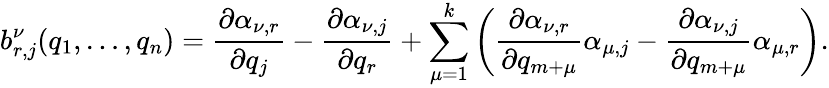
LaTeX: b_{r,j}^{\nu}(q_{1},\dots,q_{n})=\frac{\partial\alpha_{\nu,r}}{\partial q_{j}}-\frac{\partial\alpha_{\nu,j}}{\partial q_{r}}+\sum_{\mu=1}^{k}\left(\frac{\partial\alpha_{\nu,r}}{\partial q_{m+\mu}}\alpha_{\mu,j}-\frac{\partial\alpha_{\nu,j}}{\partial q_{m+\mu}}\alpha_{\mu,r}\right).